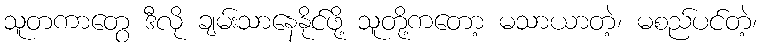
သူတကာတွေ ဒီလို ချမ်းသာနေနိုင်ဖို့ သူတို့ကတော့ မသာယာတဲ့၊ မစည်ပင်တဲ့၊